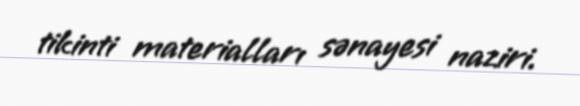
tikinti materialları sənayesi naziri.